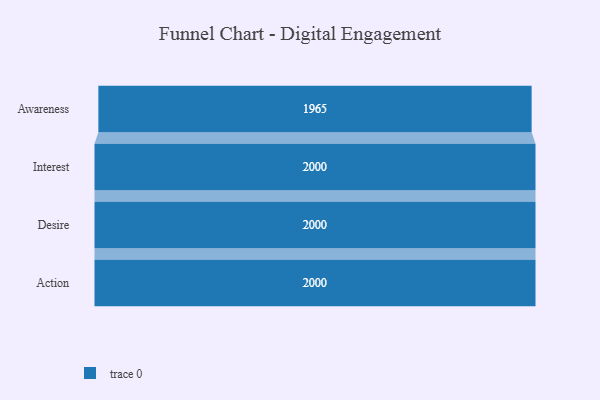
{"axis": {"x": "Stage", "y": "Value"}, "legend": [""], "data": [{"x": "Awareness", "y": 1965.0, "type": ""}, {"x": "Interest", "y": 2000, "type": ""}, {"x": "Desire", "y": 2000, "type": ""}, {"x": "Action", "y": 2000, "type": ""}]}